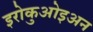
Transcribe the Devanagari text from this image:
इरोकुओइअन